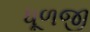
ધૂળજી